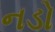
નડો